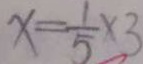
x = \frac { 1 } { 5 } \times 3